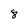
Character: 8